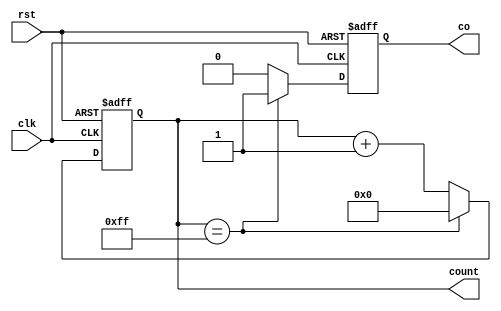
module synchronous_counter (
    input wire clk,
    input wire rst,
    output reg [7:0] count,
    output reg co
);

always @(posedge clk or posedge rst) begin
    if (rst) begin
        count <= 8'b00000000;
        co <= 1'b0;
    end else begin
        if (count == 8'b11111111) begin
            count <= 8'b00000000;
            co <= 1'b1;
        end else begin
            count <= count + 1;
            co <= 1'b0;
        end
    end
end

endmodule